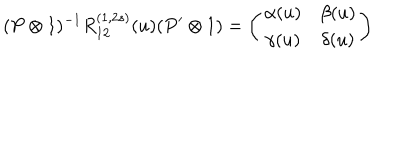
( P \otimes 1 ) ^ { - 1 } R _ { 1 2 } ^ { ( 1 , 2 s ) } ( u ) ( P ^ { \prime } \otimes 1 ) = \left( \begin{array} { c c } { { \alpha ( u ) } } & { { \beta ( u ) } } \\ { { \gamma ( u ) } } & { { \delta ( u ) } } \\ \end{array} \right)